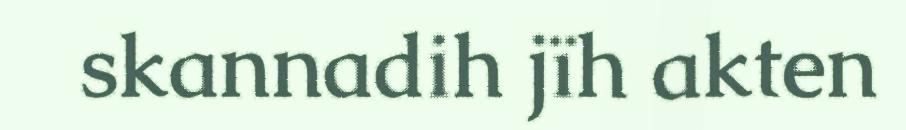
skannadih jïh akten